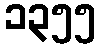
၁၃၅၅